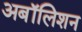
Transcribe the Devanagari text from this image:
अबॉलिशन